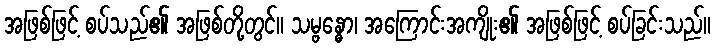
အဖြစ်ဖြင့် စပ်သည်၏ အဖြစ်တို့တွင်။ သမ္ဗန္ဓော၊ အကြောင်းအကျိုး၏ အဖြစ်ဖြင့် စပ်ခြင်းသည်။